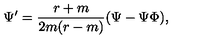
\Psi ^ { \prime } = { \frac { r + m } { 2 m ( r - m ) } } ( \Psi - \Psi \Phi ) ,